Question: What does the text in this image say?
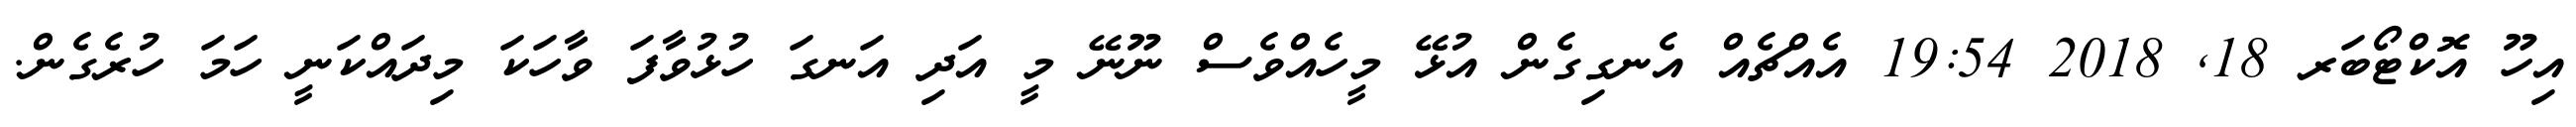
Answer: އިހޫ އޮކްޓޯބަރ 18, 2018 19:54 އެއްޗެއް އެނގިގެން އުޅޭ މީހެއްވެސް ނޫނޭ މީ އަދި އަނގަ ހުޅުވާފަ ވާހަކަ މިދައްކަނީ ހަމަ ހުރެގެން.